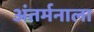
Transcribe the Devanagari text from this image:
अंतर्मनाला